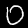
Digit: 0